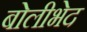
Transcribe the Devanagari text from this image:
बोलीभेद